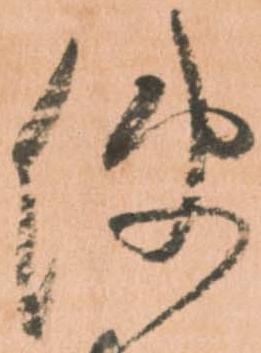
使